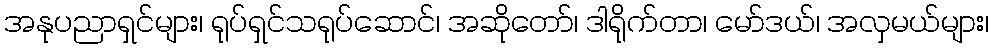
အနုပညာရှင်များ၊ ရုပ်ရှင်သရုပ်ဆောင်၊ အဆိုတော်၊ ဒါရိုက်တာ၊ မော်ဒယ်၊ အလှမယ်များ၊